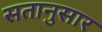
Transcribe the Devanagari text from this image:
सतानुसार